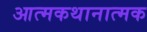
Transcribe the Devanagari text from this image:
आत्मकथानात्मक